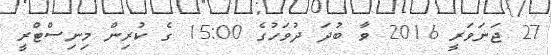
27 ޖަނަވަރީ 2016 ވާ ބުދަ ދުވަހުގެ 15:00 ގެ ކުރިން މިނިސްޓްރީ